Vaccination in Bombay 1863-1868 - 1863-1868
Year: 1863
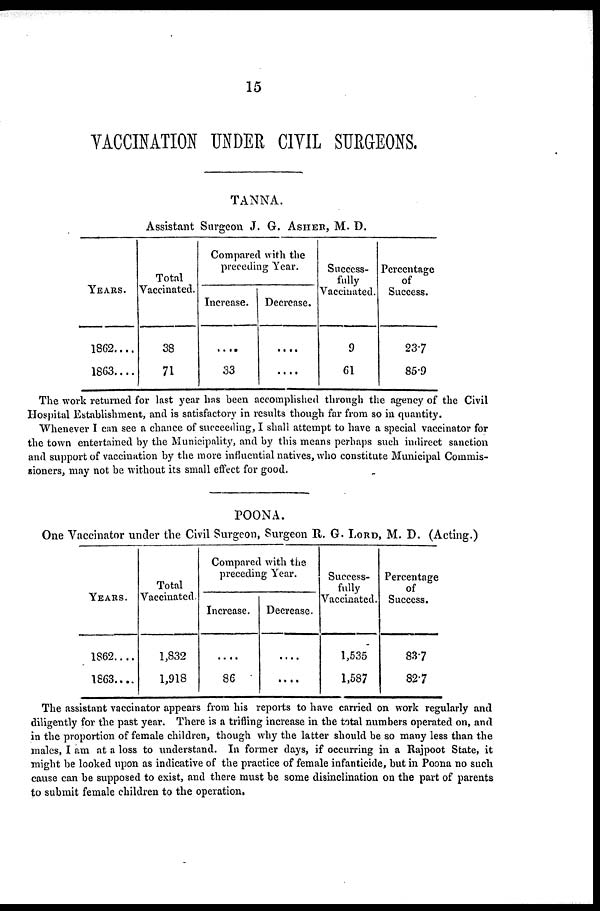
15
VACCINATION UNDER CIVIL SURGEONS.
TANNA.
Assistant Surgeon J. G. ASHER, M. D.
YEARS.
1862....
1863....
Total
Vaccinated.
38
71
Compared with the
preceding Year.
Increase.
....
33
Decrease.
....
....
Success-
fully
Vaccinated.
9
61
Percentage
of
Success.
23.7
85.9
The work returned for last year has been accomplished through the agency of the Civil
Hospital Establishment, and is satisfactory in results though far from so in quantity.
Whenever I can see a chance of succeeding, I shall attempt to have a special vaccinator for
the town entertained by the Municipality, and by this means perhaps such indirect sanction
and support of vaccination by the more influential natives, who constitute Municipal Commis-
sioners, may not be without its small effect for good.
POONA.
One Vaccinator under the Civil Surgeon, Surgeon R. G. LORD, M. D. (Acting.)
YEARS.
1862....
1863....
Total
Vaccinated.
1,832
1,918
Compared with the
preceding Year.
Increase.
....
86
Decrease.
....
....
Success-
fully
Vaccinated.
1,535
1,587
Percentage
of
Success.
83.7
82.7
The assistant vaccinator appears from his reports to have carried on work regularly and
diligently for the past year. There is a trifling increase in the total numbers operated on, and
in the proportion of female children, though why the latter should be so many less than the
males, I am at a loss to understand. In former days, if occurring in a Rajpoot State, it
might be looked upon as indicative of the practice of female infanticide, but in Poona no such
cause can be supposed to exist, and there must be some disinclination on the part of parents
to submit female children to the operation.